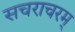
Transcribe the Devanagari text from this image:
सचराचरम्